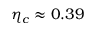
\eta _ { c } \approx 0 . 3 9